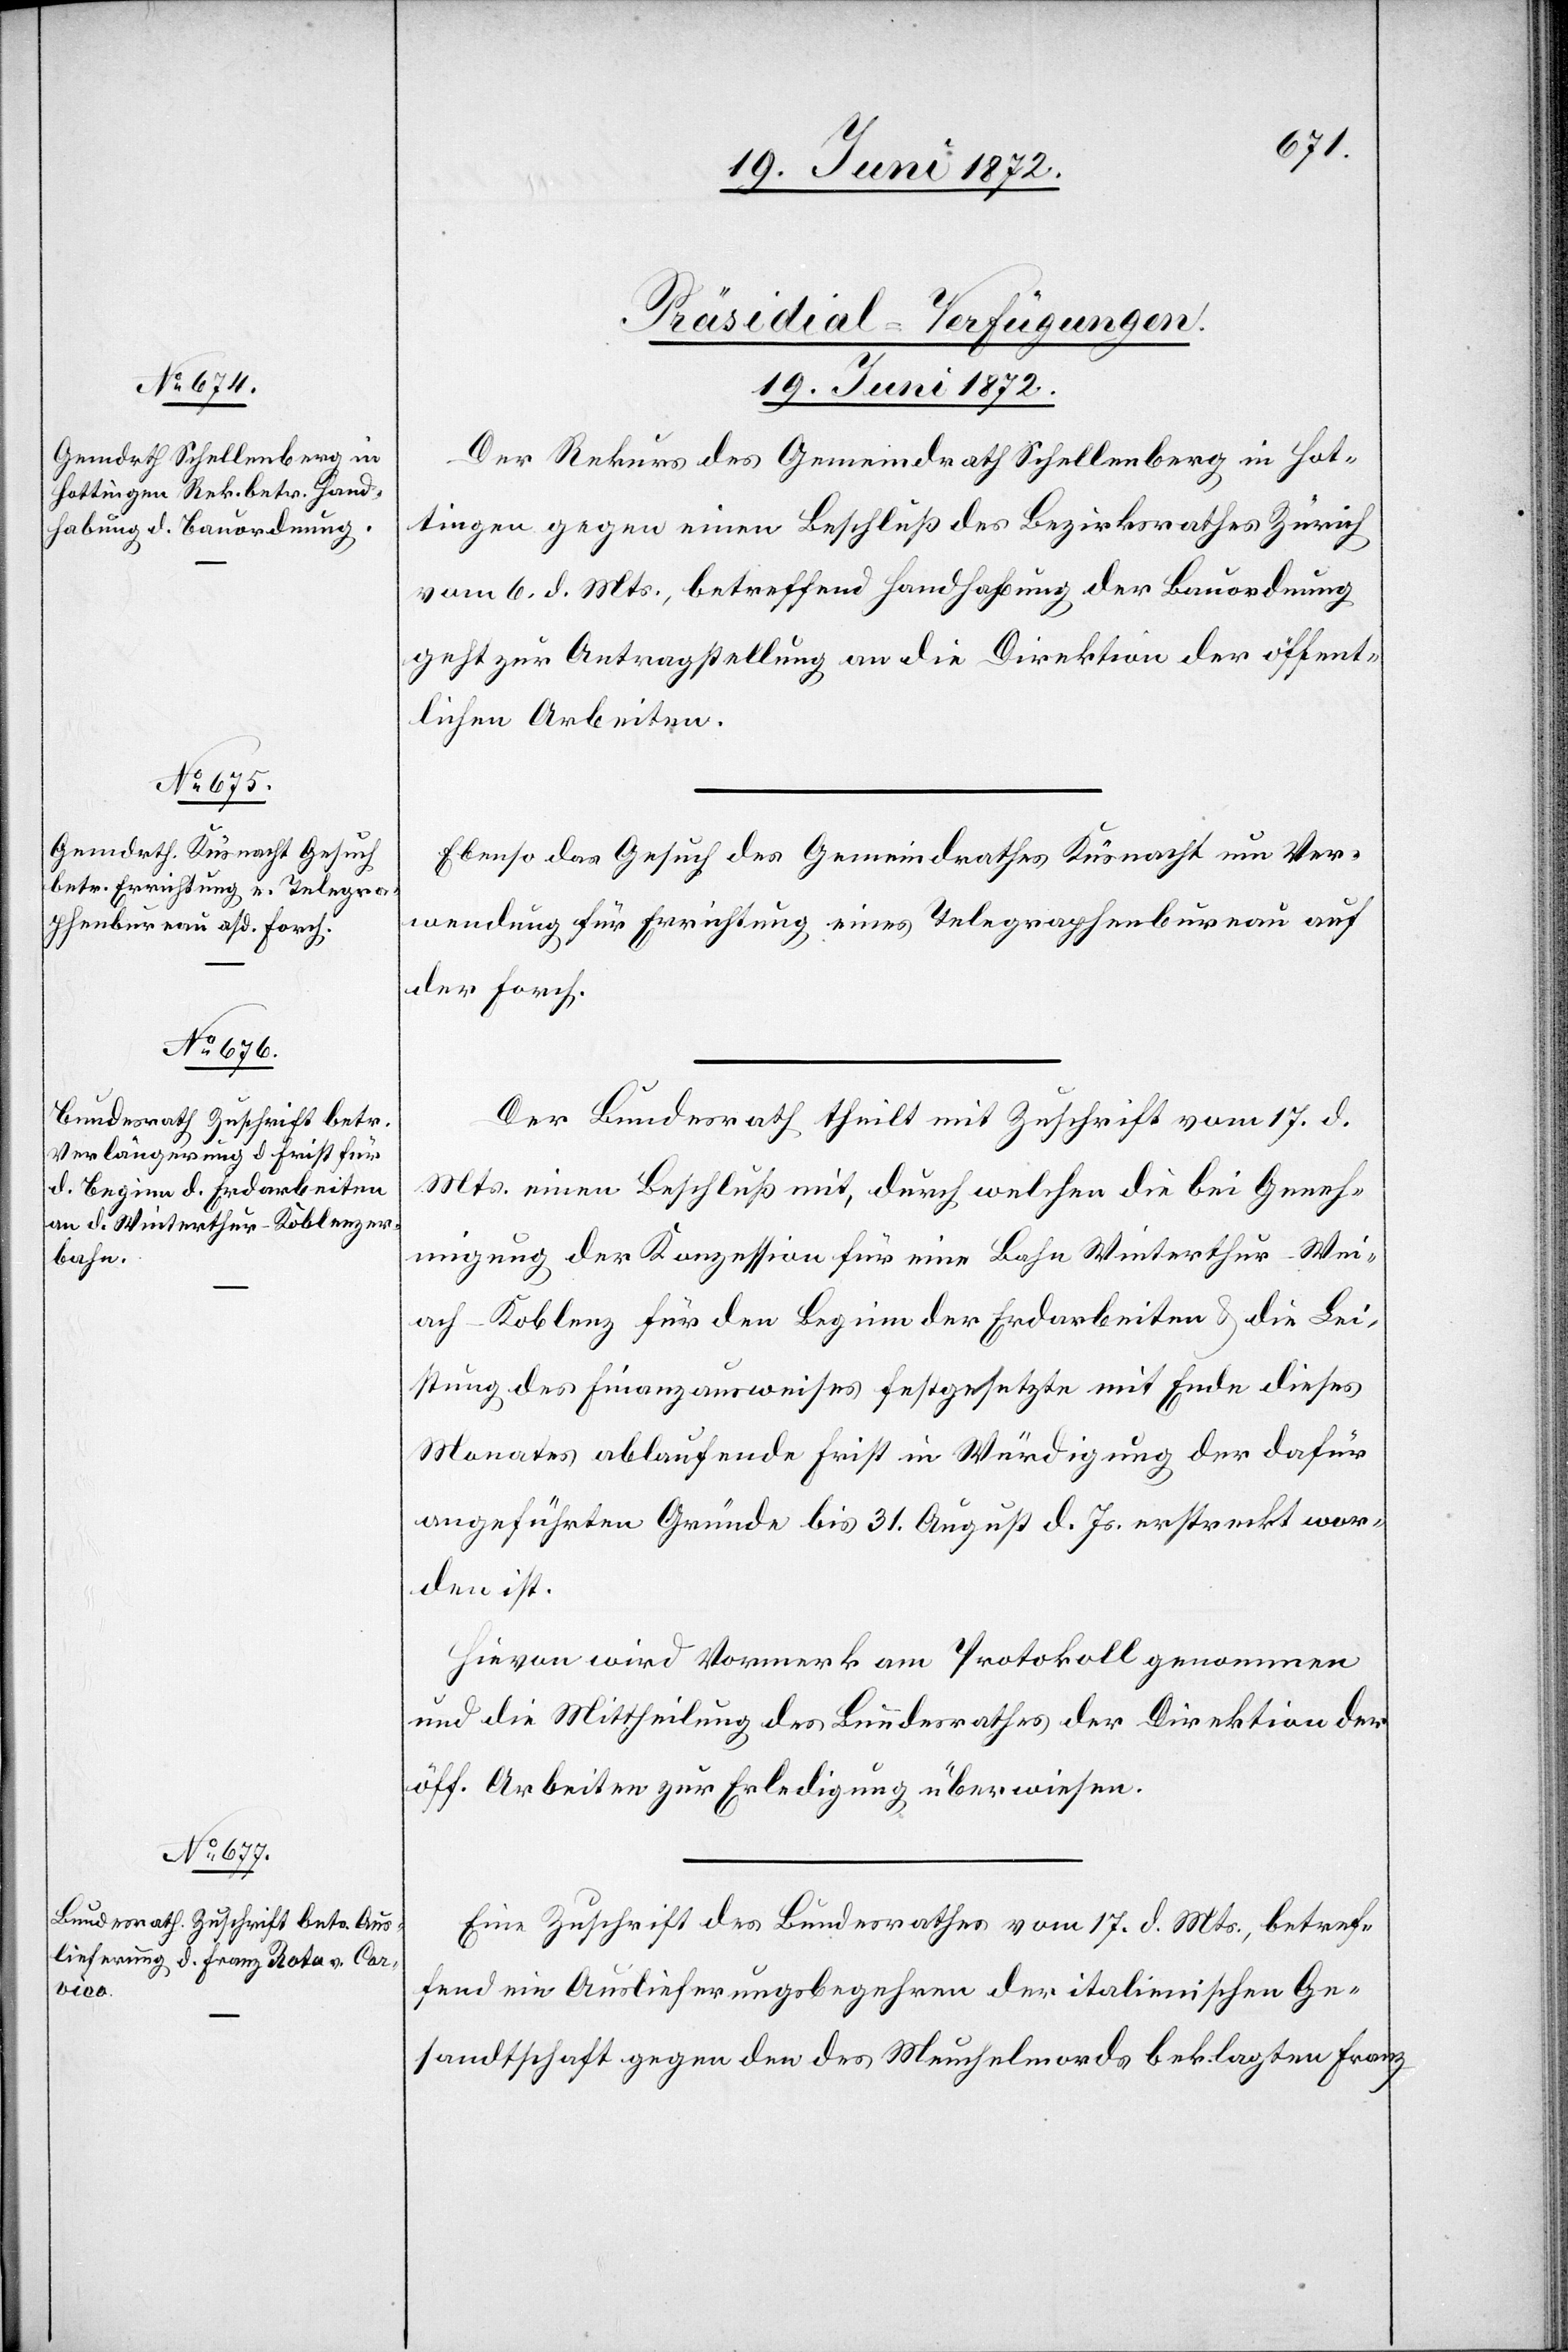
19. Juni 1872.]
[Präsidial-Verfügungen.
19. Juni 1872.
Der Rekurs des Gemeindrath Schellenberg in Hot¬
tingen gegen einen Beschluß des Bezirksrathes Zürich
vom 6. d. Mts., betreffend Handhabung der Bauordnung
geht zur Antragstellung an die Direktion der öffent¬
lichen Arbeiten.
Ebenso das Gesuch des Gemeindrathes Küsnacht um Ver¬
wendung für Errichtung eines Telegraphenbureau auf
der Forch.
Der Bundesrath theilt mit Zuschrift vom 17. d.
Mts. einen Beschluß mit, durch welchen die bei Geneh¬
migung der Konzession für eine Bahn Winterthur–Wei¬
ach–Koblenz für den Beginn der Erdarbeiten u. die Lei¬
stung des Finanzausweises festgesetzte mit Ende dieses
Monates ablaufende Frist in Würdigung der dafür
angeführten Gründe bis 31. August d. Js. erstreckt wor¬
den ist.
Hievon wird Vormerk am Protokoll genommen
und die Mittheilung des Bundesrathes der Direktion der
öff. Arbeiten zur Erledigung überwiesen.
Eine Zuschrift des Bundesrathes vom 17. d. Mts., betref¬
fend ein Auslieferungsbegehren der italienischen Ge¬
sandtschaft gegen den des Meuchelmords beklagten Franz